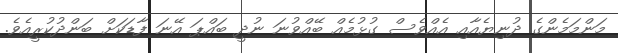
މަންމަމެންގެ ދުނިޔެއާއި އެއްވެސް ގުޅުމެއް ބޭއްވުނަ ނުދީ ބައްޕަ އޭނަ ފާޑަކަށް ބަންދުކުރީއެވެ.